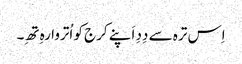
اِس ترہ سے دِدِ اَپنے کرج کو اُتروا رہِ تھِ۔